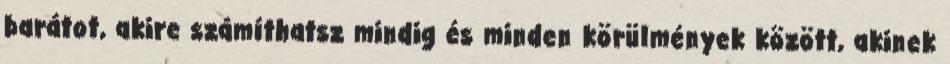
barátot, akire számíthatsz mindig és minden körülmények között, akinek